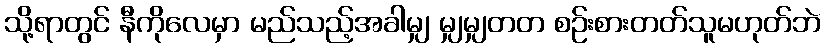
သို့ရာတွင် နီကိုလေမှာ မည်သည့်အခါမျှ မျှမျှတတ စဉ်းစားတတ်သူမဟုတ်ဘဲ